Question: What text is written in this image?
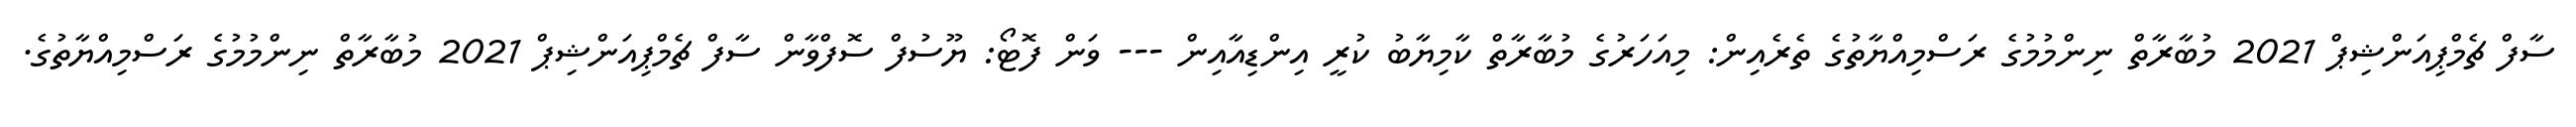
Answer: ސާފް ޗެމްޕިއަންޝިޕް 2021 މުބާރާތް ނިންމުމުގެ ރަސްމިއްޔާތުގެ ތެރެއިން: މިއަހަރުގެ މުބާރާތް ކާމިޔާބު ކުރީ އިންޑިއާއިން --- ވަން ފޮޓޯ: ޔޫސުފް ސޮފްވާން ސާފް ޗެމްޕިއަންޝިޕް 2021 މުބާރާތް ނިންމުމުގެ ރަސްމިއްޔާތުގެ.